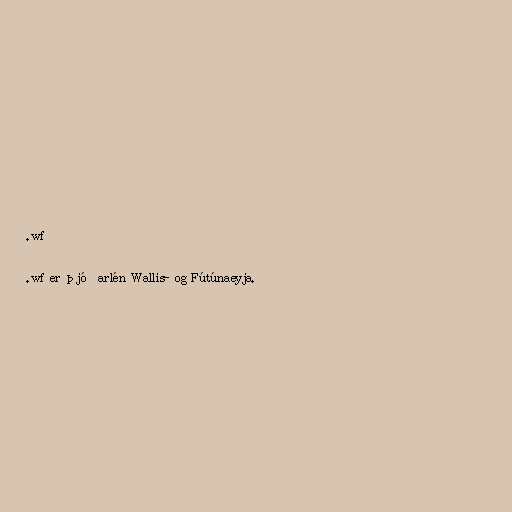
.wf

.wf er þjóðarlén Wallis- og Fútúnaeyja.